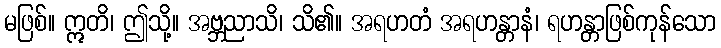
မဖြစ်။ ဣတိ၊ ဤသို့။ အဗ္ဘညာသိ၊ သိ၏။ အရဟတံ အရဟန္တာနံ၊ ရဟန္တာဖြစ်ကုန်သော